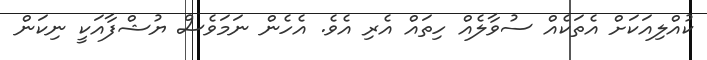
ކުއްލިއަކަށް އެތަކެއް ސުވާލެއް ހިތައް އެރި އެވެ. އެހެން ނަމަވެސް ޔުޝްފާއަކީ ނިކަން